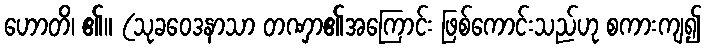
ဟောတိ၊ ၏။ (သုခဝေဒနာသာ တဏှာ၏အကြောင်း ဖြစ်ကောင်းသည်ဟု စကားကျ၍